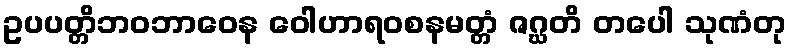
ဥပပတ္တိဘဝဘာဝေန ဝေါဟာရဝစနမတ္တံ ဇဂ္ဃတိ တပေါ သုဏံတု